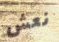
نعش